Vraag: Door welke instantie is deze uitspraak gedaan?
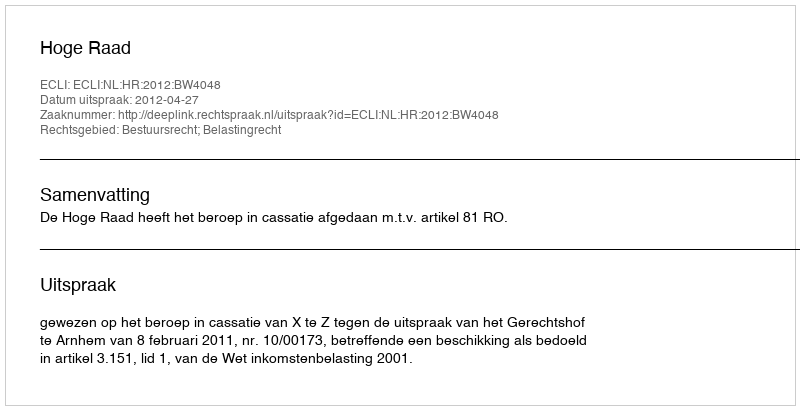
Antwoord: Hoge Raad